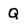
Character: Q